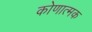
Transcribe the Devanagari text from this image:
कोणात्मक